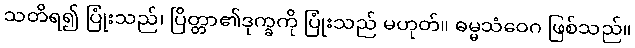
သတိရ၍ ပြုံးသည်၊ ပြိတ္တာ၏ဒုက္ခကို ပြုံးသည် မဟုတ်။ ဓမ္မသံဝေဂ ဖြစ်သည်။